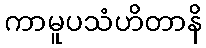
ကာမူပသံဟိတာနိ